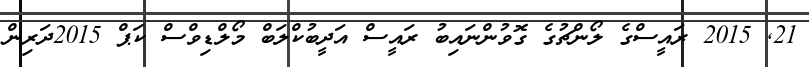
21